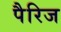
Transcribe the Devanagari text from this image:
पैरिज